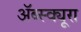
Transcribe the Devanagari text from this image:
ॲब्स्क्यूरा